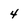
Character: 4